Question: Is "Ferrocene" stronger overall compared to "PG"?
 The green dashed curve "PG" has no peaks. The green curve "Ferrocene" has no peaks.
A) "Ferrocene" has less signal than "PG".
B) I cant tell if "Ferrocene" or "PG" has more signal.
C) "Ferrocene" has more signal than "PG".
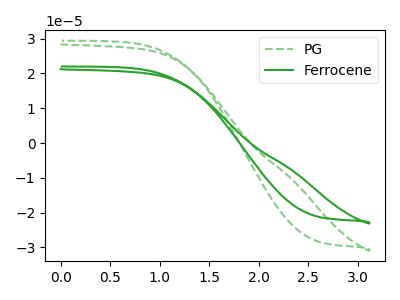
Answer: <think>Neither "Ferrocene" or "PG" have any peaks.
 </think>
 <answer>B) I cant tell if "Ferrocene" or "PG" has more signal.</answer>
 <eval>B</eval>